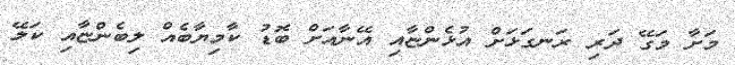
މަށާ މަގޭ ދަރި ރަނގަޅަށް އުޅެންޏާއި އޭނާއަށް ބޮޑު ކާމިޔާބެއް ލިބެންޏާއި ކަލޭ